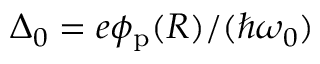
\Delta _ { 0 } = e \phi _ { \mathrm { p } } ( R ) / ( \hbar \omega _ { 0 } )